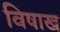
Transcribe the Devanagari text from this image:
विषाख